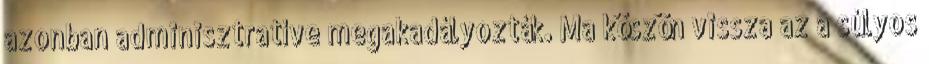
azonban adminisztratíve megakadályozták. Ma köszön vissza az a súlyos